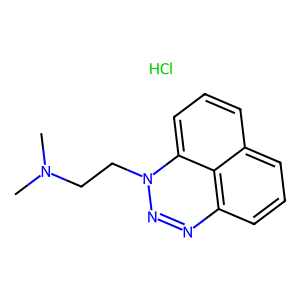
SMILES: CN(C)CCn1nnc2cccc3cccc1c32.Cl
Inhibits HIV replication: No